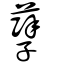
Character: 孼